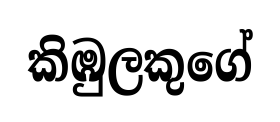
කිඹුලකුගේ